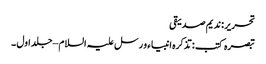
تحریر : ندیم صدیقی
تبصرہ کتب : تذکرہ انبیاء و رسل علیہ السلام – جلد اول ۔